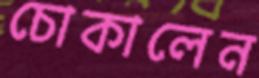
চোকালেন